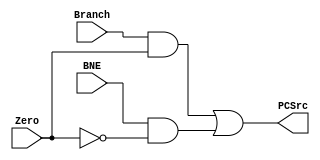
module PCSource (Branch, Zero, BNE, PCSrc);
input Branch, Zero, BNE;
output PCSrc;

assign PCSrc=(Branch&Zero)|(BNE&(~Zero));

endmodule